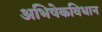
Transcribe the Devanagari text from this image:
अभिषेकविधान